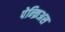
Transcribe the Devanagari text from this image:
पेन्क्रिअस